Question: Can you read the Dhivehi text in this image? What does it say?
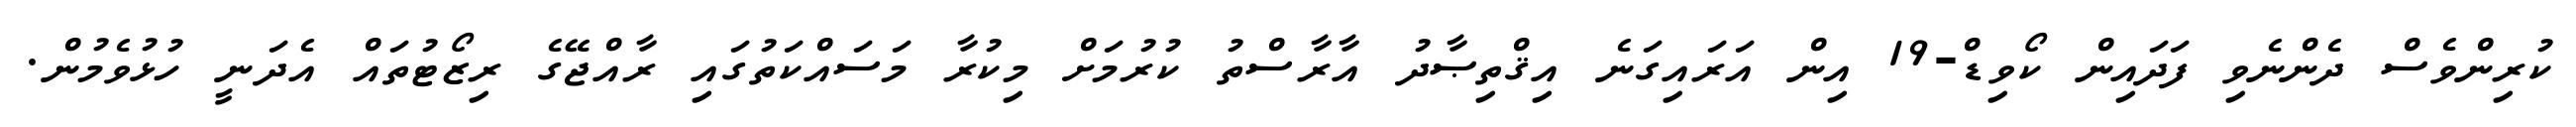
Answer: ކުރިންވެސް ދެންނެވި ފަދައިން ކޯވިޑް-19 އިން އަރައިގަނެ އިޤްތިޞާދު އާރާސްތު ކުރުމަށް މިކުރާ މަސައްކަތުގައި ރާއްޖޭގެ ރިޒޯޓުތައް އެދަނީ ހުޅުވެމުން.